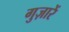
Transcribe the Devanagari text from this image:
गुज़ारें